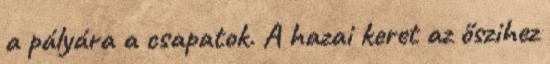
a pályára a csapatok. A hazai keret az őszihez